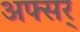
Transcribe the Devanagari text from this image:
अफ्सर्